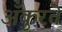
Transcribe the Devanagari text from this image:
अँकुरते